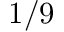
1 / 9